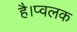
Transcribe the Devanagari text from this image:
है।प्वलक